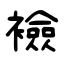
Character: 襝